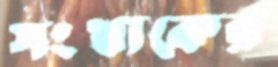
সংখ্যকের